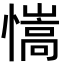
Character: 𢣆